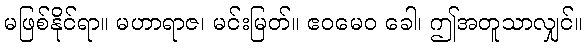
မဖြစ်နိုင်ရာ။ မဟာရာဇ၊ မင်းမြတ်။ ဧဝမေဝ ခေါ၊ ဤအတူသာလျှင်။